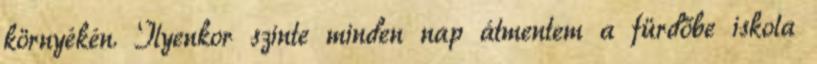
környékén. Ilyenkor szinte minden nap átmentem a fürdőbe iskola